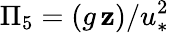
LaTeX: \Pi_{5}=(g\, \mathbf{z})/u_{*}^{2}